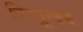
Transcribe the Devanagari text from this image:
रिमूवर